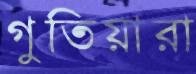
গুতিয়ারা